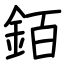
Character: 銆